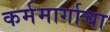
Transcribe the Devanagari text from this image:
कर्ममार्गाचा